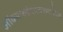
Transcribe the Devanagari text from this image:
ऑक्सफर्डशायरमधील